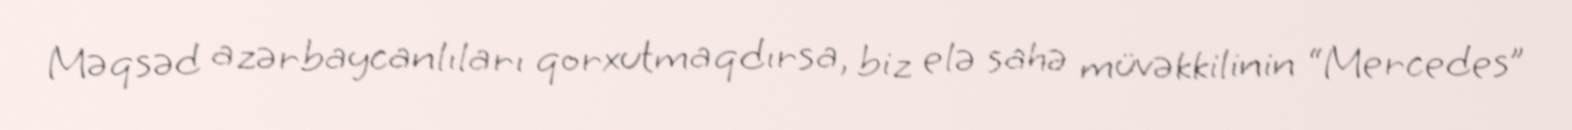
Məqsəd azərbaycanlıları qorxutmaqdırsa, biz elə sahə müvəkkilinin “Mercedes”